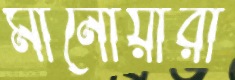
মানোয়ারী